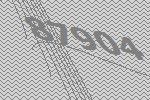
87904